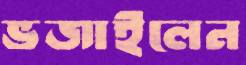
ভজাইলেন